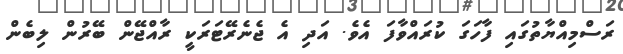
ރަސްމިއްޔާތުގައި ފާހަގަ ކުރައްވާފަ އެވެ. އަދި އެ ޖެނެރޭޓަރަކީ ރާއްޖޭން ބޭރުން ލިބެން